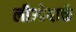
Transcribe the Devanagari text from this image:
लीओबार्क